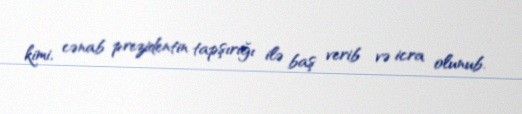
kimi, cənab prezidentin tapşırığı ilə baş verib və icra olunub.